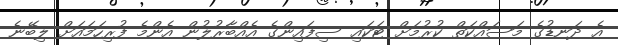
އެ ދަނޑުގެ މަސައްކަތް ކުރުމަށް ޓަކައި ސިފައިންގެ އެއްބާރުލުން އެންމެ ފުރިހަމައަށް ލިބޭނެ